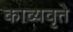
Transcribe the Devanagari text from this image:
काव्यवृत्ते